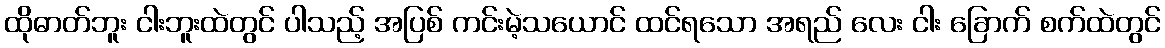
ထိုဓာတ်ဘူး ငါးဘူးထဲတွင် ပါသည့် အပြစ် ကင်းမဲ့သယောင် ထင်ရသော အရည် လေး ငါး ခြောက် စက်ထဲတွင်